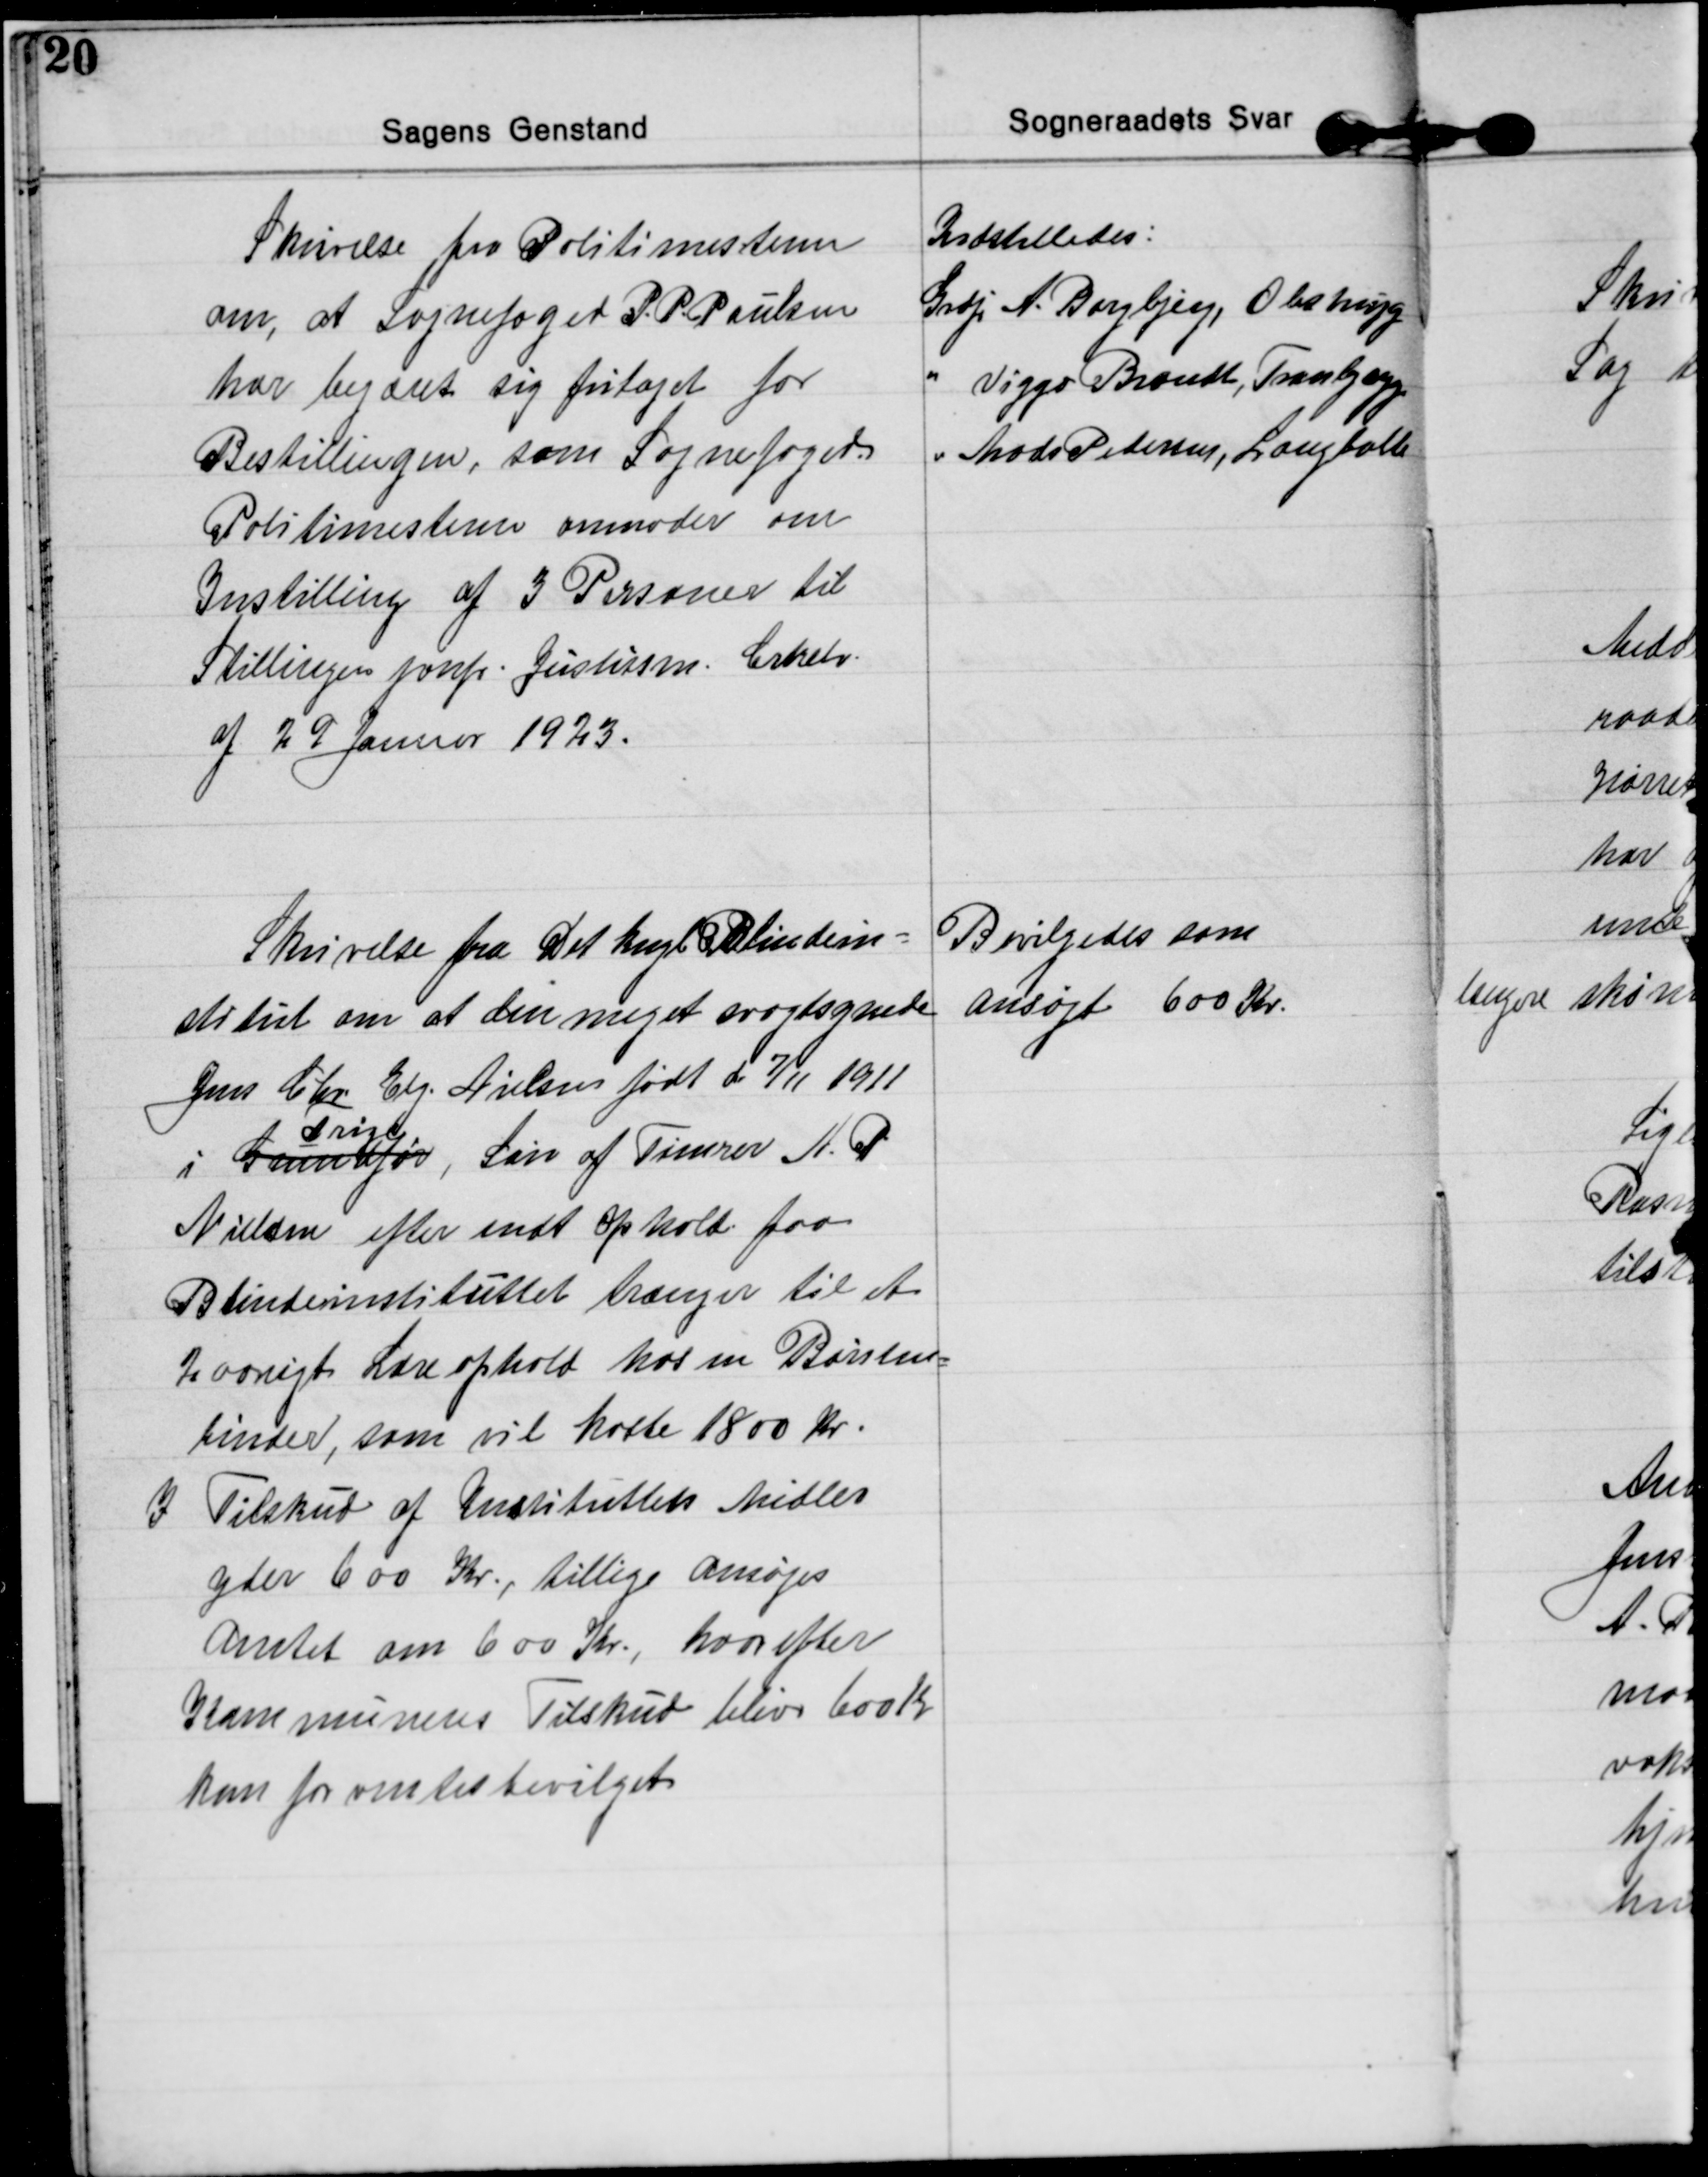
Transskription:
Skrivelse fra Politimesteren
om, at Sognefoged P. P Poulsen
har begæret sig fritaget for
Bestillingen, som Sognefoged.
Politimesteren anmoder om
Instilling af 3 Personer til
Stillingen jvnfr. Justitsm. Crtrlr.
af 29 Januar 1923.
Indstilledes:
Grdj. A. Borgbjerg, Obstupg.
Viggo Brandt, Tranbjerg
Mads Petersen, Langballe

Skrivelse fra Det kngl. Blindein=
stitut om at den meget svagtsynede
Jens Chr Elg. Nielsen født d 7/11 1911
i Grundfør, 
Trige
Søn af Tømrer A. P
Nielsen efter endt Ophold paa
Blindeinstituttet trænger til et
2 aarigt Læreophold hos en Børsten=
binder, som vil koste 1800 kr.
I Tilskud af Instituttets Midler
yder 600 Kr., tillige ansøges
amtet om 600 Kr, hvorefter
Kommunens Tilskud bliver 600 Kr
kan forventes bevilget
Bevilgedes som
ansøgt 600 Kr.